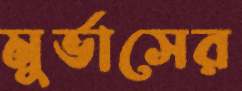
মুর্ভাসের